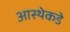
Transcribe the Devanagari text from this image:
आस्थेकडे